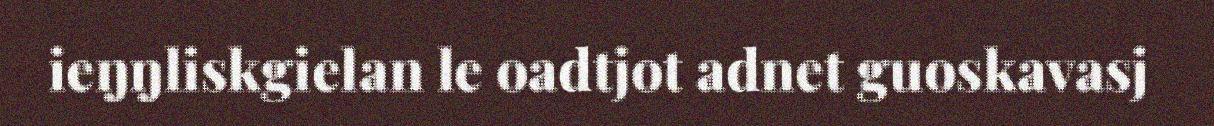
ieŋŋliskgielan le oadtjot adnet guoskavasj